Annual report of the Central Committee of the Association together with the report of the directors of the Pasteur Institute at Kasauli
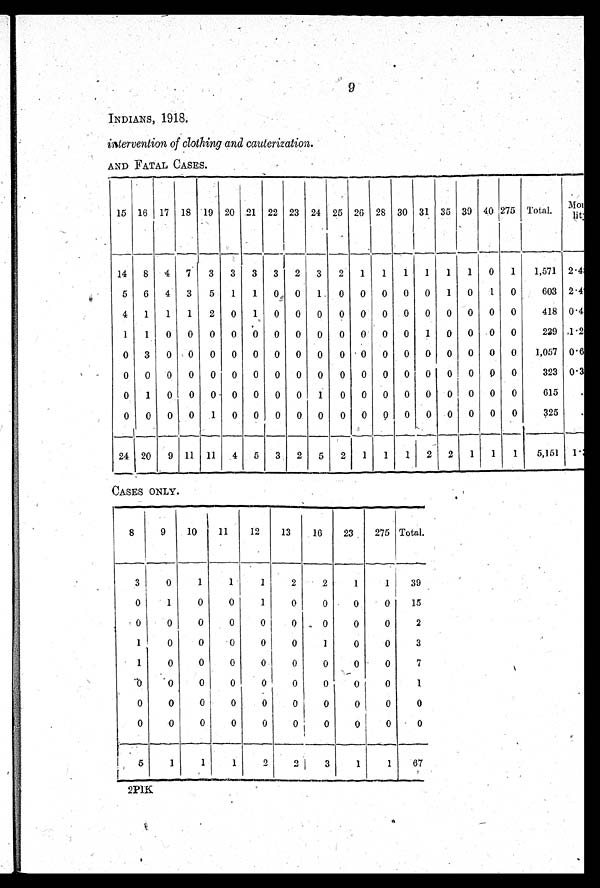
9
INDIANS, 1918.
intervention of clothing and cauterization .
AND FATAL CASES.
15 16 17 18 19 20 21 22 23 24
2 5
26 28 30 31 35 39 40 275 Total.
M o
14 8 4 7 3 3 3 3 2 3 2 1 1 1 1 1 1 0 1 1,571 2.4
5 6 4 3 5 1 1 0 0 1 0 0 0 0 0 1 0 1 0
603 2.4
4 1 1 1 2 0 1 0 0 0 0 0 0 0 0 0 0 0 0
418 0.4
1 1 0 0 0 0 0 0 0 0 0 0 0 0 1 0 0 0 0
229 1.2
0 3 0 0 0 0 0 0 0 0
0 0 0 0 0 0
0 0 0 1,057 0.6
0 0 0 0 0 0 0 0 0 0 0 0 0 0 0 0 0 0 0
323 0.3
0 1 0 0 0 0 0 0 0 1 0 0 0 0 0 0 0 0 0
615
.
0 0 0 0 1 0 0 0 0 0 0 0 0 0 0 0 0 0 0
325
.
24 20 9 11 11 4 5 3 2 5 2 1 1 1 2 2 1 1 1 5,151 1.
CASES ONLY.
8
9
10
11
12
13
16 23
275 Total.
3
0
1
1
1
2
2
1
1
39
0
1
0
0
1
0
0
0
0
15
0
0
0
0
0
0
0
0
0
2
1
0
0
0
0
0
1
0
0
3
1
0
0
0
0
0
0
0
0
7
0
0
0
0
0
0
0
0
0
1
0
0
0
0
0
0
0
0
0
0
0
0
0
0
0
0
0
0
0
0
5
1
1
1
2
2
3
1
1
67
2PIK